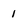
Character: 1